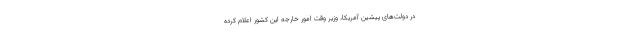
در دولت‌های پیشین آمریکا، وزیر وقت امور خارجه این کشور اعلام کرده